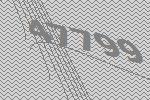
47799